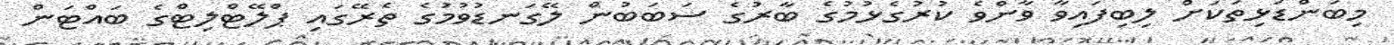
މިބަންޑަޅިތަކަށް ލިބިފައިވާ ވާންވެ ކުރުގެޅުމުގެ ބާރުގެ ސަބަބުން ލޭގަނޑުވުމުގެ ތެރޭގައި ޕްލޭޓްލިޓްގެ ބައްޓަން